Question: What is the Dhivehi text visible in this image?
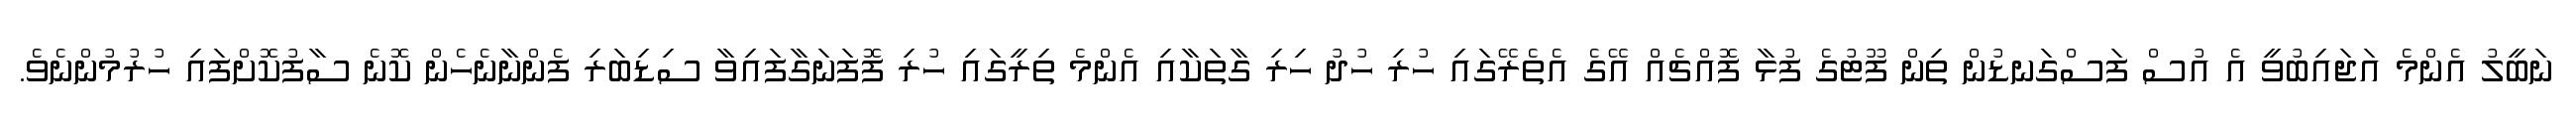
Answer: ނަބީލު އެންމެ އަޖައިބުވީ އެ އުސް ފަސްގަނޑުން ތިން ފޫޓުގެ ފުޅާ ފޮއްޗެއް އޭގެ އެތެރޭގައި ހުރި ހުދު ހިރި ގާތަކާއި އެންމެ ތިރީގައި ހުރި ފޮފަނަގާފައިވާ ސިޑިބަރި ފެންނާނެހެން ކޮނެ ސާފުކޮށްފައި ހުރުމުންނެވެ.